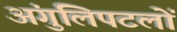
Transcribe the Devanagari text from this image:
अंगुलिपटलों